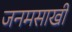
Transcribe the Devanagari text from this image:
जनमसाखी